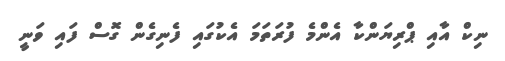
ނިކް އާއި ޕްރިޔަންކާ އެންމެ ފުރަތަމަ އެކުގައި ފެނިގެން ގޮސް ފައި ވަނީ